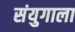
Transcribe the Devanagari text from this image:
संयुगाला